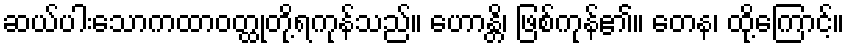
ဆယ်ပါးသောကထာဝတ္ထုတို့ရကုန်သည်။ ဟောန္တိ၊ ဖြစ်ကုန်၏။ တေန၊ ထို့ကြောင့်။